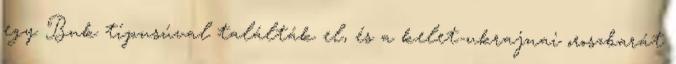
egy Buk típusúval találták el, és a kelet-ukrajnai oroszbarát